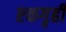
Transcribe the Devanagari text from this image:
एकगृही